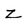
Character: z